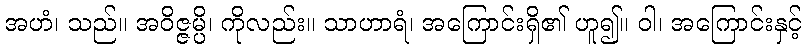
အဟံ၊ သည်။ အဝိဇ္ဇမ္ပိ၊ ကိုလည်း။ သာဟာရံ၊ အကြောင်းရှိ၏ ဟူ၍။ ဝါ၊ အကြောင်းနှင့်